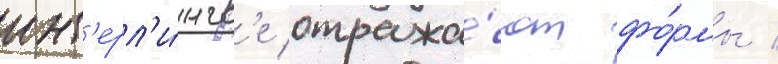
инт'ерл'и́нгв'е отража́ют фо́рмы /